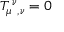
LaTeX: T _ { \mu } { } ^ { \nu } { } _ { , \nu } = 0